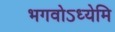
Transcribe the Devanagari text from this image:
भगवोऽध्येमि